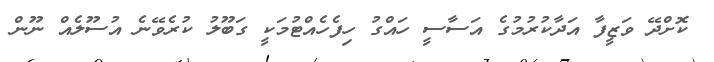
ކޮށްދޭ ވަޒީފާ އަދާކުރުމުގެ އަސާސީ ހައްގު ހިފެހެއްޓުމަކީ ގަބޫލު ކުރެވޭނެ އުސޫލެއް ނޫން